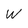
Character: w